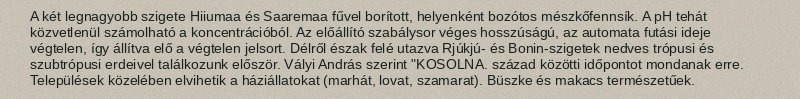
A két legnagyobb szigete Hiiumaa és Saaremaa fűvel borított, helyenként bozótos mészkőfennsík. A pH tehát közvetlenül számolható a koncentrációból. Az előállító szabálysor véges hosszúságú, az automata futási ideje végtelen, így állítva elő a végtelen jelsort. Délről észak felé utazva Rjúkjú- és Bonin-szigetek nedves trópusi és szubtrópusi erdeivel találkozunk először. Vályi András szerint "KOSOLNA. század közötti időpontot mondanak erre. Települések közelében elvihetik a háziállatokat (marhát, lovat, szamarat). Büszke és makacs természetűek.